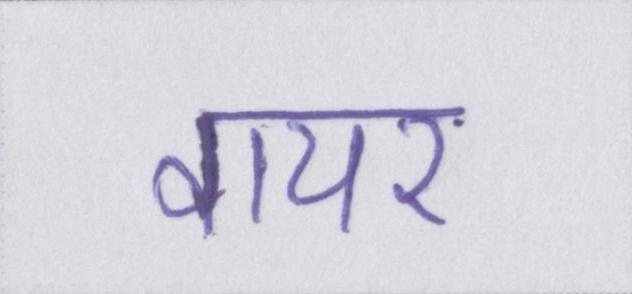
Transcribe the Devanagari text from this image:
वायर